King Institute of Preventive Medicine Micro-Biological Section reports 1909-11
Year: 1909
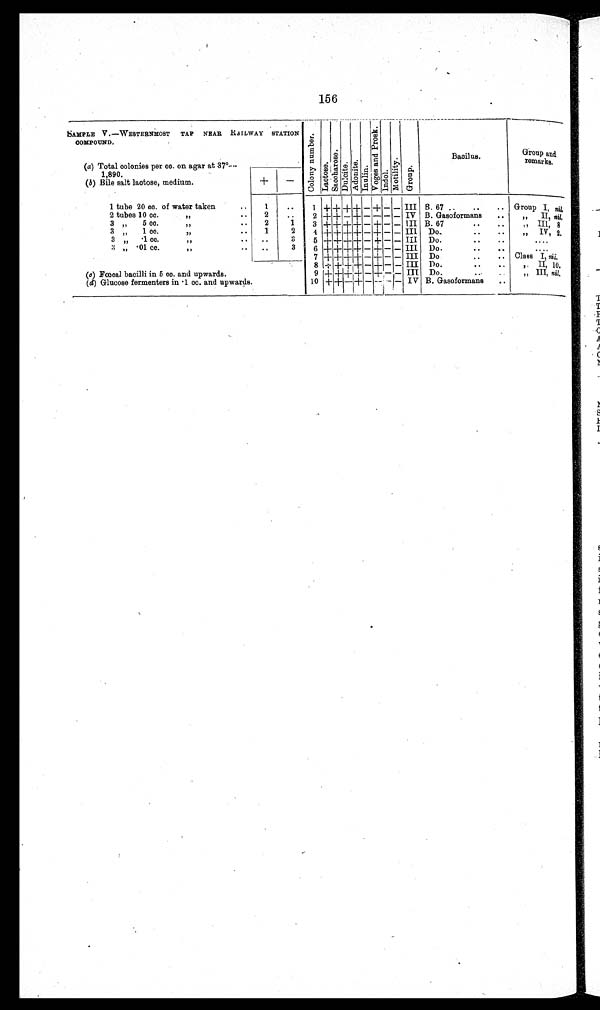
156
SAMPLE V.—WESTERNMOST TAP NEAR RAILWAY STATION
COMPOUND.
C o l o n y n u m b e r .
L a c t o s e .
S a c c h a r o s e .
D u l c i t e .
A d o n i t e .Inulin.
V o g e s a n d P r o s k . Indol.
M o t i l i t y .
Group.
Bacilus.
Group and
remarks.
(a) Total colonies per cc. on agar at 37°—
1 , 8 9 0 .
_
+
(b) Bile salt lactose, medium.
1 tube 20 cc. of water taken
1
. .
1
+ + + + — + — — III B. 67 ..
..
.. Group I, nil.
2 tubes 10 cc. "
..
2 ..
2 + + — + — — — — IV B. Gasoformans
. .
" II, nil.
3 „ 5 cc. "
2
1
3 + + + + _ + _ _ III B. 67
• •
..
,, III, 8
3 „ 1 cc. " • •
1
2
4 + + +
+
_ + _ — III Do.
• .
..
,, IV, 2.
3 „ .1 cc. " ..
..
3
5 + +
+
+ _ + — — III Do.
....
3 „ .01 cc. ,, .. ..
3 6 + +
+
+ — + _ — III Do.
• •
• •
....
7 + + +
+
_ + _ — III Do
..
.. Class I, nil.
8 + + + + _ + _ — III Do.
..
..
,, II, 10.
(c) Fœcal bacilli in 5 cc. and upwards.
9 + + + + — + — — III Do.
..
..
„ III, nil.
(d) Glucose fermenters in .1 cc. and upwards.
10 + + _ + — - - — IV B. Gasoformans ..